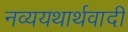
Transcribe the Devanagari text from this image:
नव्ययथार्थवादी